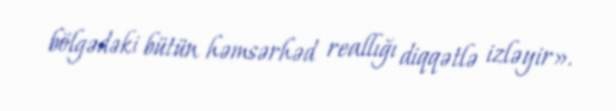
bölgədəki bütün həmsərhəd reallığı diqqətlə izləyir».